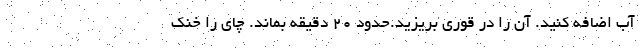
آب اضافه کنید. آن را در قوری بریزید.حدود 20 دقیقه بماند. چای را خنک